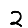
Digit: 2